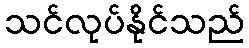
သင်လုပ်နိုင်သည်